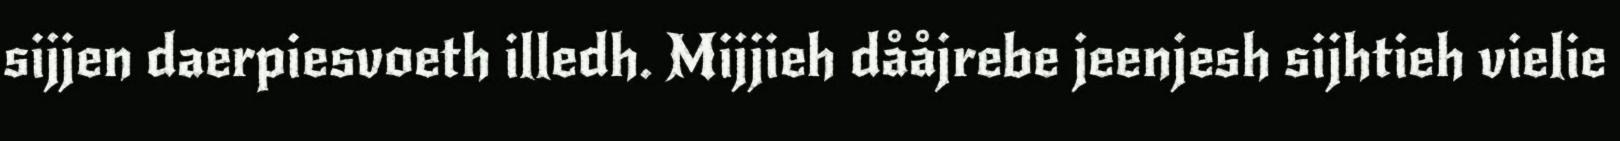
sijjen daerpiesvoeth illedh. Mijjieh dååjrebe jeenjesh sijhtieh vielie